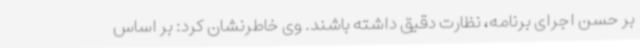
بر حسن اجرای برنامه، نظارت دقیق داشته باشند. وی خاطرنشان کرد: بر اساس